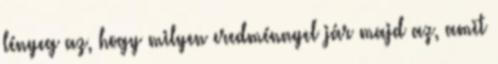
lényeg az, hogy milyen eredménnyel jár majd az, amit